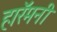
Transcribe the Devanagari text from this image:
हारॅमनी